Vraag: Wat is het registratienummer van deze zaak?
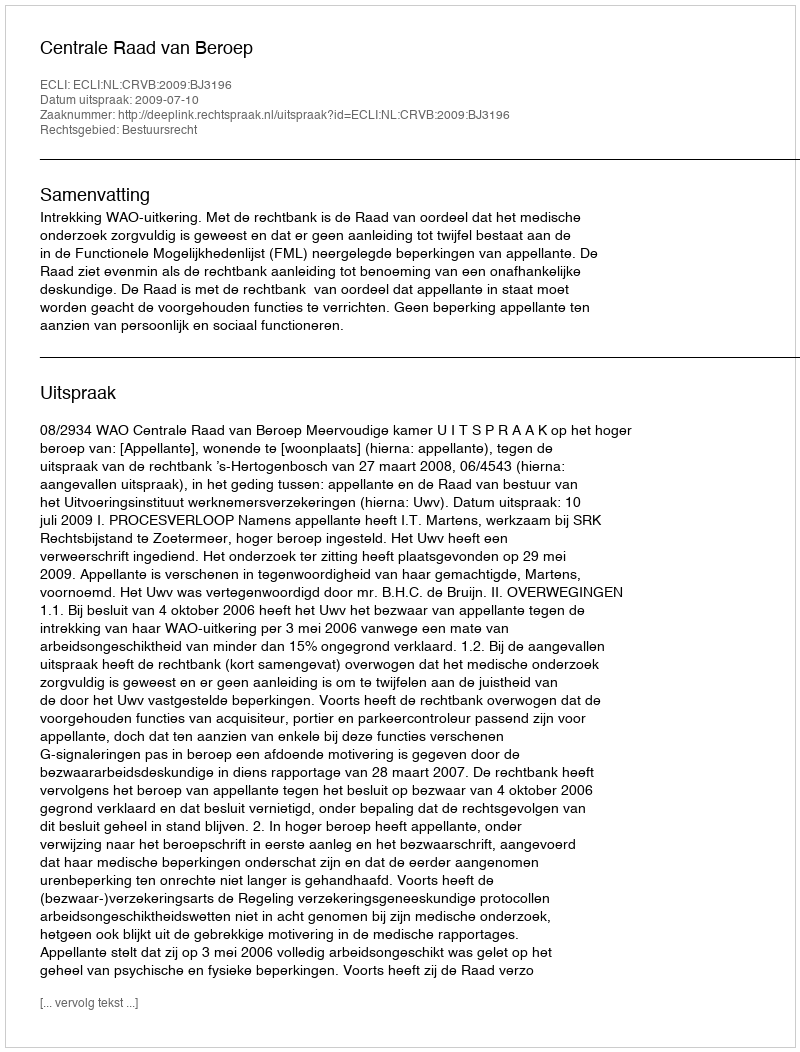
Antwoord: http://deeplink.rechtspraak.nl/uitspraak?id=ECLI:NL:CRVB:2009:BJ3196